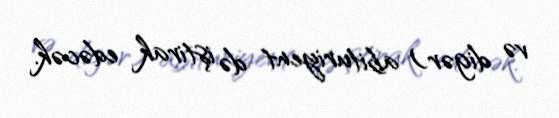
və digər) abituriyent də iştirak edəcək.